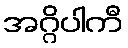
အဂ္ဂိပါကီ